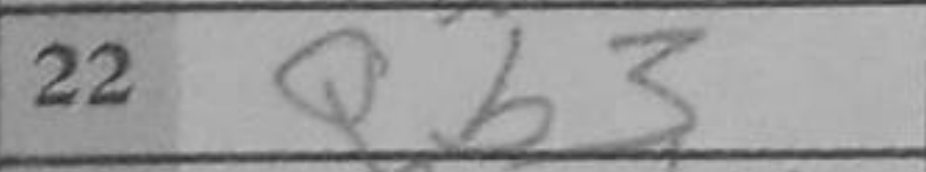
Transcription: Qb3